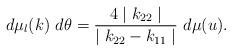
LaTeX: \begin{align*}d \mu _l (k) ~d \theta = \frac{4 \mid k_{22} \mid } {\mid k_{22} - k_{11} \mid} ~d \mu (u).\end{align*}